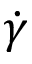
\dot { \gamma }